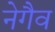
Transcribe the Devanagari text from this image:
नेगैव